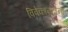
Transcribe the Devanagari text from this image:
विवेकानंदाना